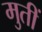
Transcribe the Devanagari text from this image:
मुतीं